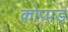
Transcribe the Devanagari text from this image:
कोप्पड